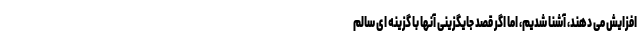
افزایش می دهند، آشنا شدیم، اما اگر قصد جایگزینی آنها با گزینه ای سالم